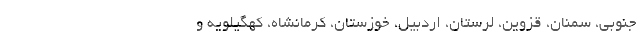
جنوبی، سمنان، قزوین، لرستان، اردبیل، خوزستان، کرمانشاه، کهگیلویه و